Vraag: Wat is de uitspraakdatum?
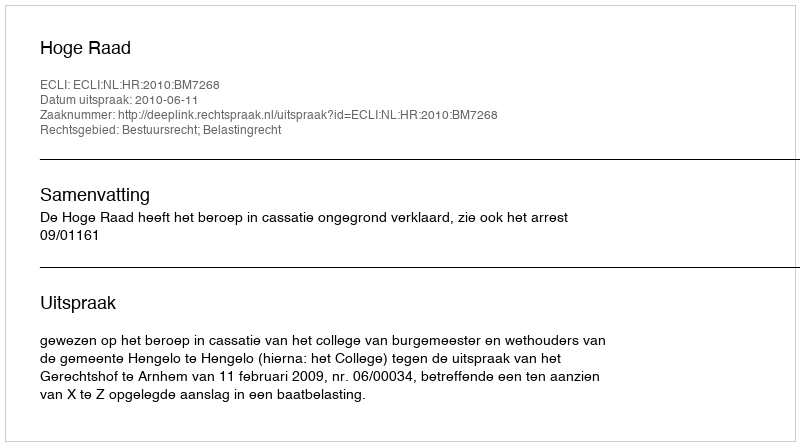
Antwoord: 2010-06-11